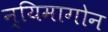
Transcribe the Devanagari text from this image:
न्यिमागोन